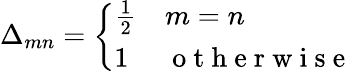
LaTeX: \Delta_{mn}=\left\{ \begin{array}{ll}{\frac{1}{2}}&{m=n}\\ {1}&{\mathrm{~o~t~h~e~r~w~i~s~e~}}\end{array}\right.